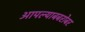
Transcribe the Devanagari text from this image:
आपल्याबबरोबर